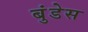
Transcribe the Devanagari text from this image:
बुंडेस